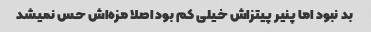
بد نبود اما پنیر پیتزاش خیلی کم بود اصلا مزه‌اش حس نمیشد